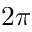
2 \pi